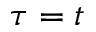
\tau = t